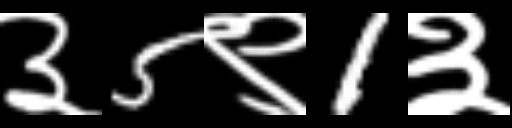
Text: ३5९1३